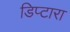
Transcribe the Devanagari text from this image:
डिप्टारा